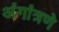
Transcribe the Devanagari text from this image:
अंगांत्रणे